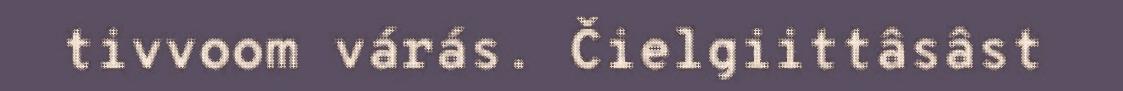
tivvoom várás. Čielgiittâsâst